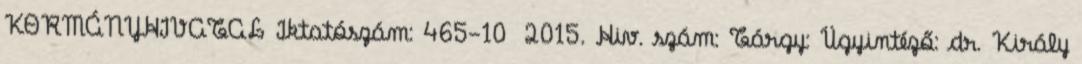
KORMÁNYHIVATAL Iktatószám: 465-10 2015. Hiv. szám: Tárgy: Ügyintéző: dr. Király